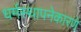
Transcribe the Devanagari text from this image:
धर्मस्थापनेकारणे